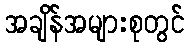
အချိန်အများစုတွင်